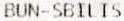
BUN-SBILIS